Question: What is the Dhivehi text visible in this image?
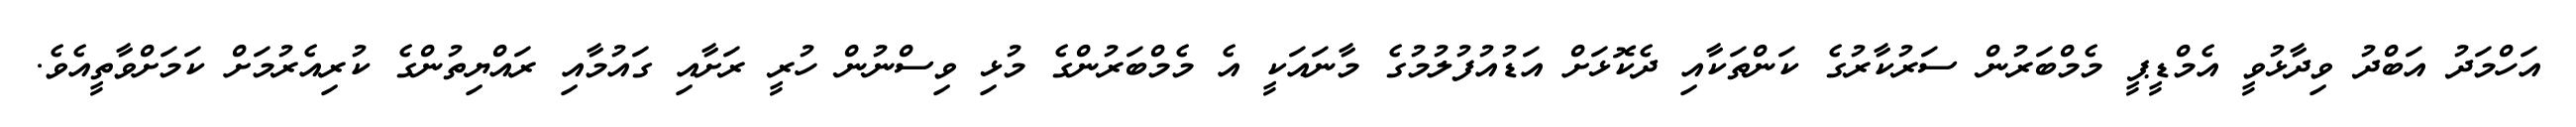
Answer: އަހްމަދު އަބްދު ވިދާޅުވީ އެމްޑީޕީ މެމްބަރުން ސަރުކާރުގެ ކަންތަކާއި ދެކޮޅަށް އަޑުއުފުލުމުގެ މާނައަކީ އެ މެމްބަރުންގެ މުޅި ވިސްނުން ހުރީ ރަށާއި ގައުމާއި ރައްޔިތުންގެ ކުރިއެރުމަށް ކަމަށްވާތީއެވެ.